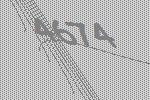
4674